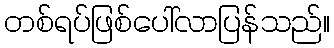
တစ်ရပ်ဖြစ်ပေါ်လာပြန်သည်။